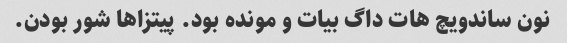
نون ساندویچ هات داگ بیات و مونده بود. پیتزا‌ها شور بودن.